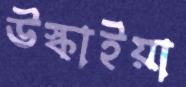
উস্‌কাইয়া